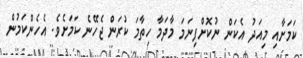
ކަމަށާއި މިއަދު އެކަން ނުކޮށްފިނަމަ މާދަމާ ހިތާމަ ކުރަން ޖެހޭނެ ކަމަށެވެ. އެހެންކަމުން